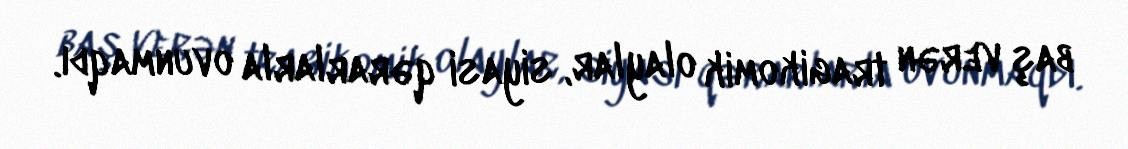
baş verən tragikomik olaylar, siyasi qərarlarla ovunmaqdı.